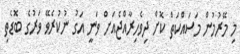
މި މޭރުމުން މަސައްކަތް ކޮށް ދިވެހިރާއްޖެއަށް ވަނީ އަގު ނުކުރެވޭ ވަރުގެ ބޮޑެތި